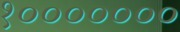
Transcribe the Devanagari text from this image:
१०००००००